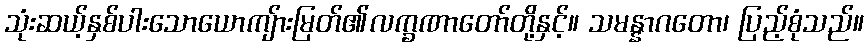
သုံးဆယ့်နှစ်ပါးသောယောကျ်ားမြတ်၏လက္ခဏာတော်တို့နှင့်။ သမန္နာဂတော၊ ပြည့်စုံသည်။